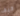
كيف